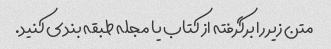
متن زیر را برگرفته از کتاب یا مجله طبقه بندی کنید.